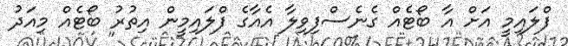
ފްލައިމީ އަށް އާ ބޯޓެއް ގެނެސްފިވިލާ އެއާގެ ފްލައިމީން އިތުރު ބޯޓެއް މިއަދު